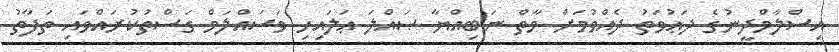
އިސްލާމްދީނުގެ ދަޢުވަތު ދެއްވުމަށް މާތް ނަބިއްޔާ ޞައްލަ ޢަލައިހި ވަސައްލަމް ގަސްތުކުރައްވައި ތަފާތު